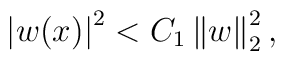
\left|w(x)\right|^2<C_{1}\left\|w\right\|^2_{2},